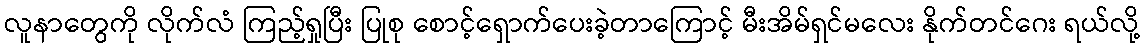
လူနာတွေကို လိုက်လံ ကြည့်ရှုပြီး ပြုစု စောင့်ရှောက်ပေးခဲ့တာကြောင့် မီးအိမ်ရှင်မလေး နိုက်တင်ဂေး ရယ်လို့